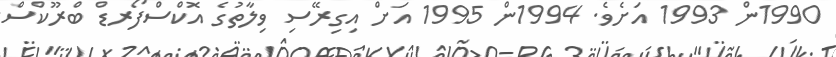
1990ން 1993 އަށެވެ. 1994ން 1995 އަށް އިގިރޭސި ވިލާތުގެ އޮކްސްފޯރޑް ބްރޫކްސް